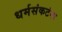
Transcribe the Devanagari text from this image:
धर्मसंकटंना